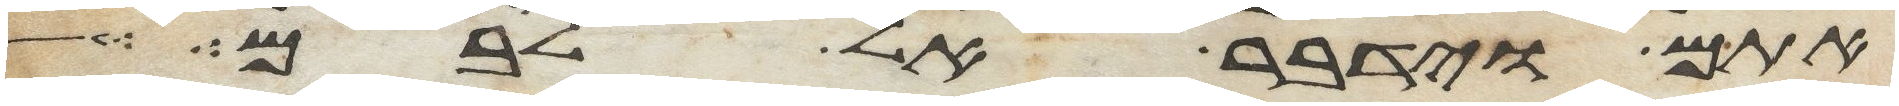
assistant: אתם וידבר אל לבם